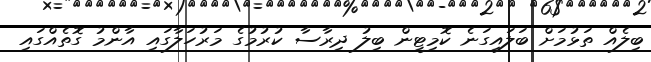
ބިލެއް ތަޅުމަށް ބަލައިގަނެ ކޮމިޓީން ބިލު ދިރާާސާ ކުރުމުގެ މަރުހަލާގައި އާންމު ގޮތެއްގައި